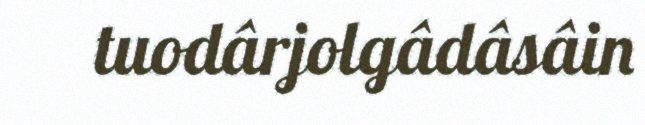
tuodârjolgâdâsâin